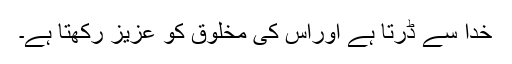
خدا سے ڈرتا ہے اوراس کی مخلوق کو عزیز رکھتا ہے۔